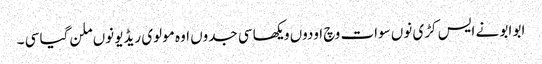
ابو ابو نے ایس کڑی نوں سوات وچ اودوں ویکھا سی جدوں اوہ مولوی ریڈیو نوں ملن گیا سی ۔